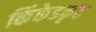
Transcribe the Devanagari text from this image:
किंकेडकृत